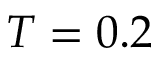
T = 0 . 2